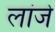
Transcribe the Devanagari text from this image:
लांजे